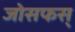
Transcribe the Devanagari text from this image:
जोसफस्